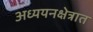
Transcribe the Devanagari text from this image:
अध्ययनक्षेत्रात